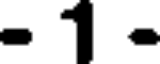
- 1 -